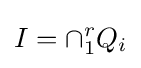
I=\cap _{1}^{r}Q_{i}